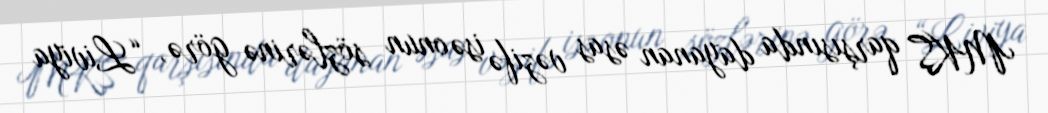
MKŞ qarşısında dayanan əsas vəzifə isə onun sözlərinə görə, “Liviya